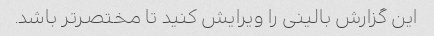
این گزارش بالینی را ویرایش کنید تا مختصرتر باشد.